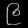
Digit: ၉